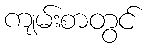
ကျမ်းစာတွင်